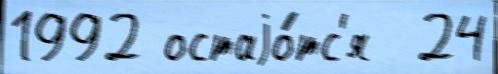
1992 остаjо́тс'я  24